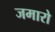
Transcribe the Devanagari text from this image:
जमारो